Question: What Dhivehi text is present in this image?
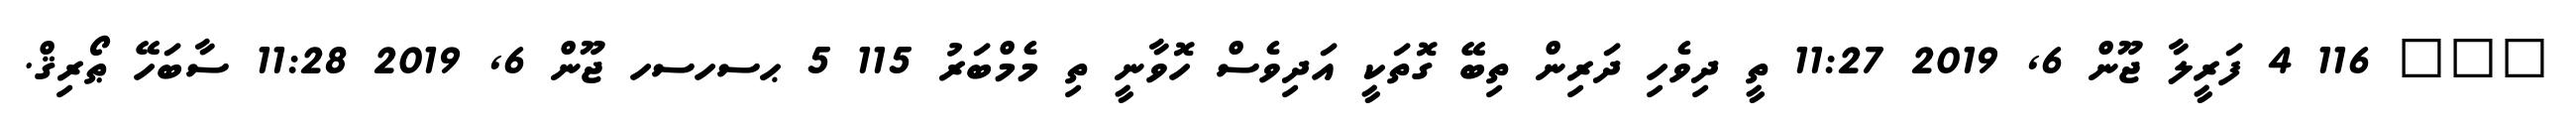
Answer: ??? 116 4 ފަރީލާ ޖޫން 6, 2019 11:27 ތީ ދިވެހި ދަރިން ތިބޭ ގޮތަކީ އަދިވެސް ހޮވާނީ ތި މެމްބަރު 115 5 ޙސހސހ ޖޫން 6, 2019 11:28 ސާބަހޭ ޠޯރިޤް.